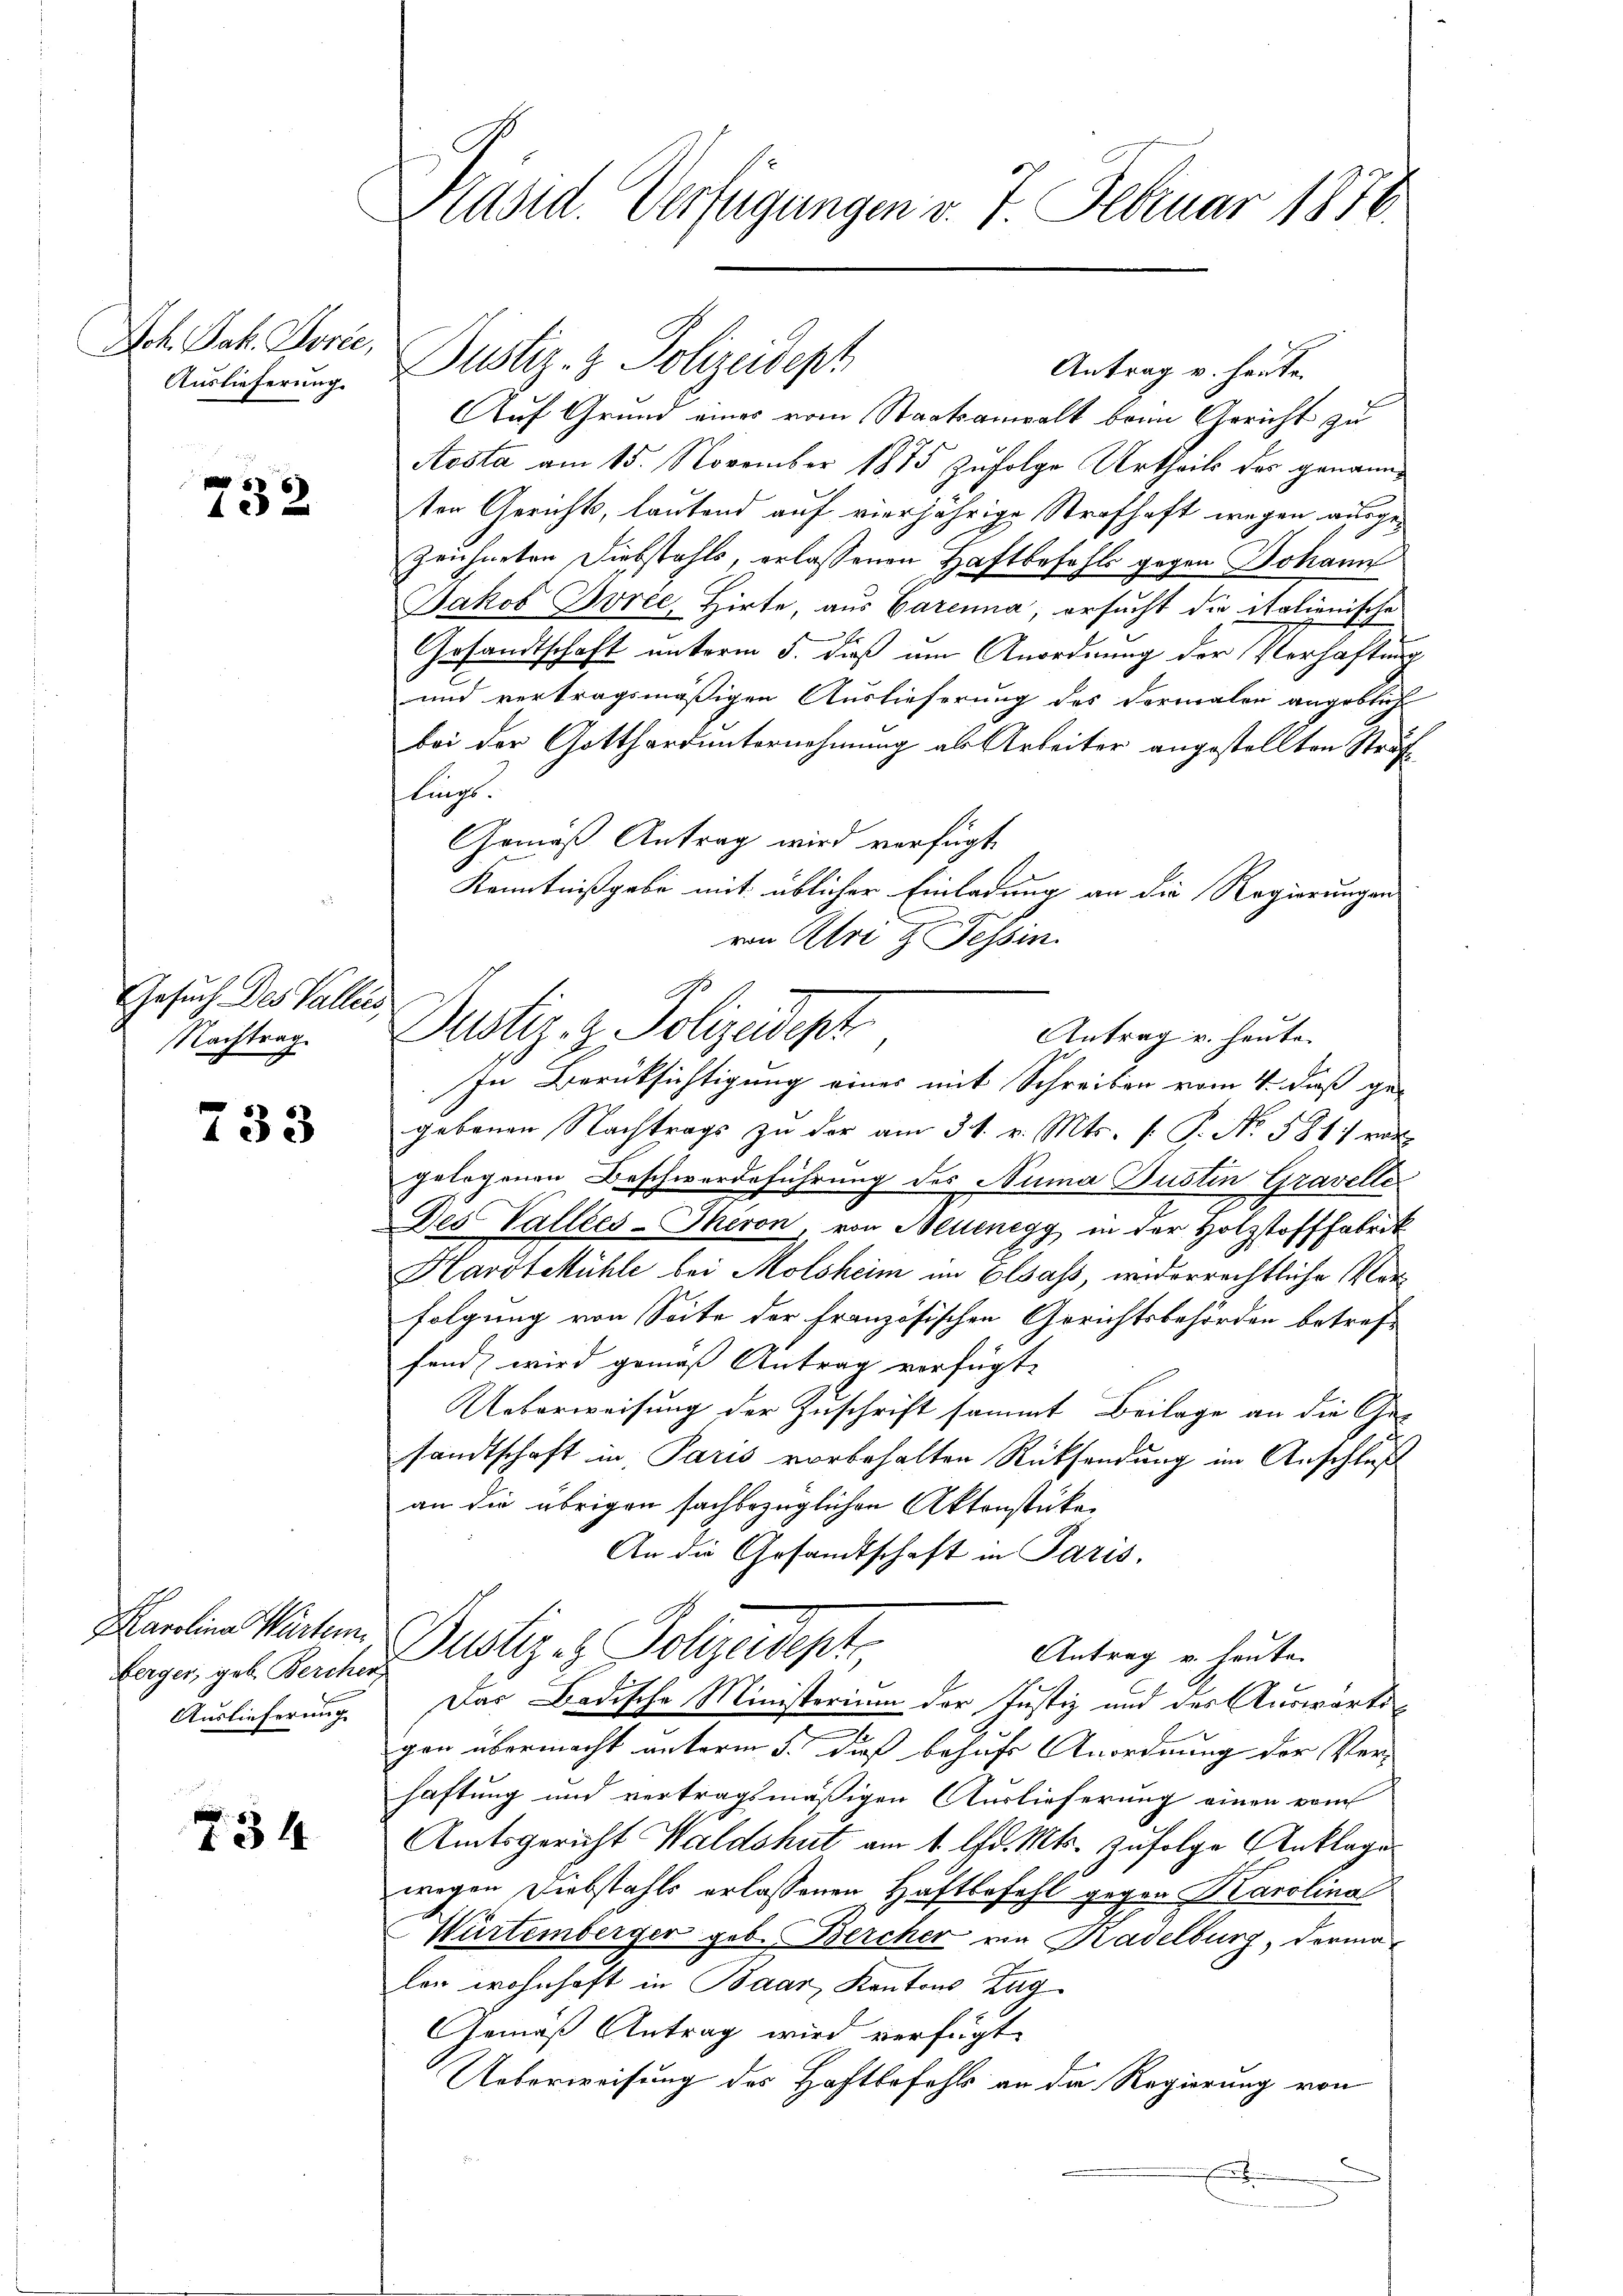
Sch. Jak. Jorić,
Auslieferung.

732

Gesuch Des Vallis,
Nachtrag

733

Marolina Wartem
ferger, geb. Berchen,
Auslieferung

34

Präsid. Verfügungen v. 7. Februar 1876.

Antrag v. heute.
Auf Grund eines vom Staatsanwalt beim Gericht zu
Aosta am 15. November 1875 zufolge Urtheils des genannten Gerichts, lautend auf vierjährige Strafhaft wegen ausgezeichneten Diebstahls, erlassenen Haftbefehls gegen Johann
Jakob Borel, Hirte, aus Barenna, ersucht die italienische
Gesandtschaft unterm 5. dieß um Anordnung der Verhaftung
und vertragsmäßigen Auslieferung des Formaler angeblich
bei der Gotthard unternehmung als Arbeiter angestellten Straf
lings
Gemäß Antrag wird verfügt
Kenntnißgabe mit üblicher Einladung an die Regierungen
von Abri & Tessin.
Dustiz- & Polizedept
In Berücksichtigung eines mit Schreiben vom 4. daß ge-
gebenen Nachtrags zu der am 31. v. Mts. (T. No. 5811 vor
gelogenen Beschwerdeführung des Numa Dustin Gravelle
7
Des Vallées-Theron, von Bellenegg in der Holzstofffabrik
Harotekühle bei Molsheim im Elsass, widerrechtliche Vorfolgung von Seite der französischen Gerichtsbehörden betref-
fand, wird gemäß Antrag verfügt:
Ueberweisung der Zuschrift sammt Beilage an die Gesandtschaft in Paris vorbehalten Rücksendung im Anschluß
an die übrigen sachbezüglichen Aktenstücke
An die Gesandtschaft in Paris,
Dustiz & Polizeidept
Antrag v. heute.
Das Badische Ministerium der Justiz und des Auswärtigen übermacht unterm 5. daß behufs Anordnung der Ver-
haftung und vertragsmäßigen Auslieferung einen vom
Amtsgericht Waldshut am 1. lfd. Mts. zufolge Anklage
wegen Diebstahls erlassenen Haftbefehl gegen Karolina
Würtemberger geb. Bercher von Kadelburg, dermalen wohnhaft in Baar, Kantons Zag¬
Gemäß Antrag wird verfügt:
Ueberweisung des Haftbefehls an die Regierung von

Justiz- & Polizeideph

Antrag u. heute.